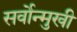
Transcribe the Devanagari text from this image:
सर्वोन्मुखी